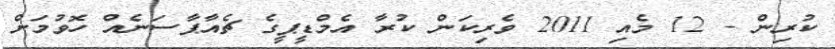
ކުރިން - 12 މެއި 2011 ވެރިކަން ކުރާ އެމްޑީޕީގެ ޗެއާޕާސަނެއް ހޮވުމަށް